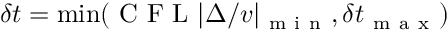
\delta t = \operatorname* { m i n } ( \mathrm { ~ C ~ F ~ L ~ } | \Delta / v | _ { \mathrm { ~ m ~ i ~ n ~ } } , \delta t _ { \mathrm { ~ m ~ a ~ x ~ } } )